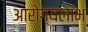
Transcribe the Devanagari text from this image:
आरोग्यलाभ